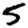
Digit: 5